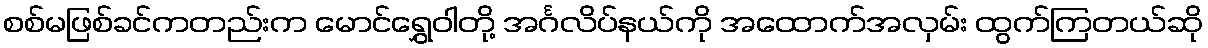
စစ်မဖြစ်ခင်ကတည်းက မောင်ရွှေဝါတို့ အင်္ဂလိပ်နယ်ကို အထောက်အလှမ်း ထွက်ကြတယ်ဆို